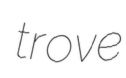
trove